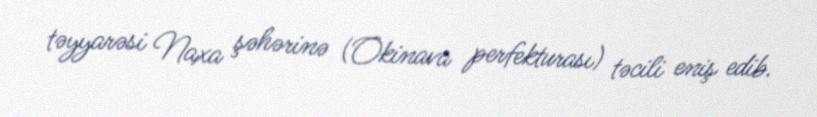
təyyarəsi Naxa şəhərinə (Okinava perfekturası) təcili eniş edib.